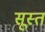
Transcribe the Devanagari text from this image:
सूस्त